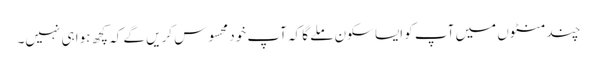
چند منٹوں میں آپ کو ایسا سکون ملے گا کہ آپ خود محسوس کریں گے کہ کچھ ہوا ہی نہیں۔